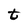
Character: t